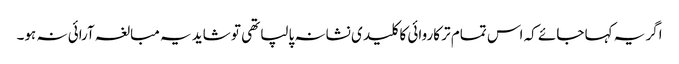
اگر یہ کہا جائے کہ اس تمام تر کاروائی کا کلید ی نشانہ پالپا تھی تو شاید یہ مبالغہ آرائی نہ ہو۔